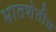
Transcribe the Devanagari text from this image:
भातशेतीच